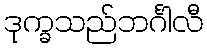
ဒုက္ခသည်ဘင်္ဂါလီ